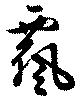
飄